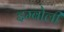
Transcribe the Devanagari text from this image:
इम्बोली